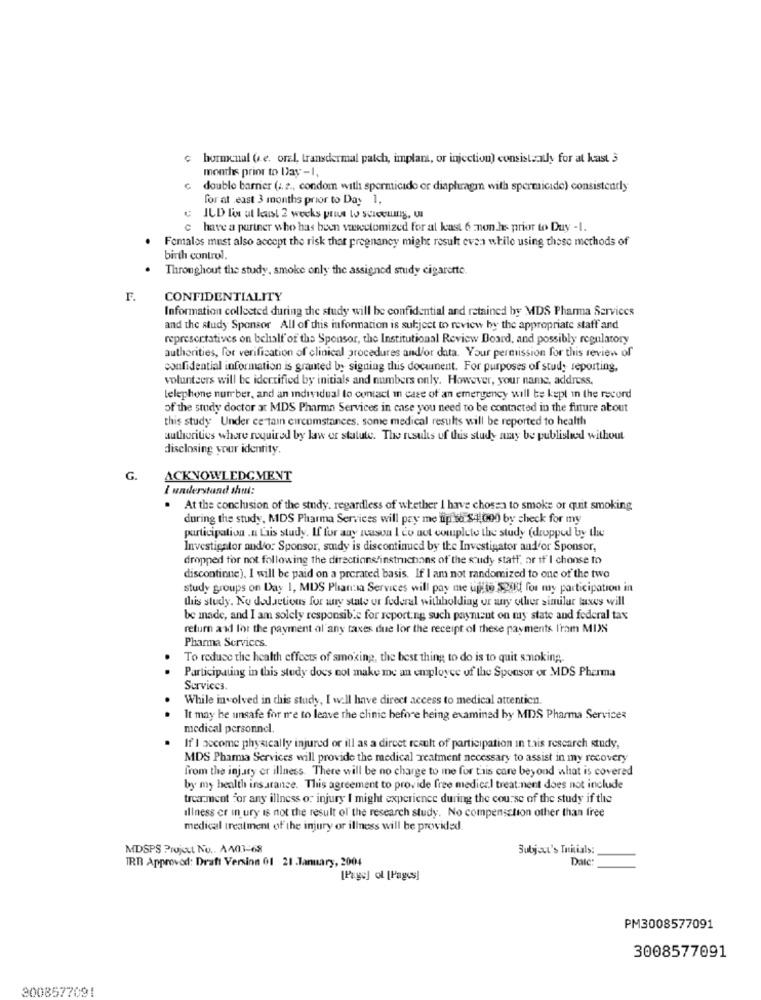
c hormonal (s. e. oral, transdermal patch, implant, or injection) consisteally for at kast 3
months prior to Day-I,
double barnier (i. e ., condom with spermicide or diaphragm with spermicide) consistently
for at east 3 months prior to Day 1,
ILD for at least 2 weeks prius to Screenmg, U
have a partner who has been vayectomized for al kast 6 non.hs prior to Duy -1.
Females must also accept the risk that pregnancy might result evaa while using these methods of
birth control.
Throughout the study, smoke only the assigned study cigarette.
F.
CONFIDENTIALITY
Information collected during the study will be confidential and retained by MDS Pharma Services
and the study Sponsor All of this information is subject to review by the appropriate staff and
representatives on behalf of the Sponsor, the Institutional Review Board, and possibly regulatory
authorities, for verification of clinical procedures and/or data. Your permission for this review of
confidential information is granted by signing this document. For purposes of study reporting,
volunteers will be identified by initials and numbers only. However, your name, address.
telephone number, and an individual to contact in case of an emergency will be kept in the record
of the study doctor at MDS Pharma Services in case you need to be contacted in the future about
this study Under certain circumstances. some medical results will be reported to health
authorities where required by law or statute. The results of this study may be published without
disclosing your identity.
G.
ACKNOWLEDGMENT
I understand shul:
.
At the conclusion of the study. regardless of whether I have chosen to smoke or quit smoking
during the study, MDS Pharma Services will pay me up to $4,000 by check for my
participation .n Lais study. If for any reason I do not complete the study (dropped by the
Investigator audio: Sponsor, sudy is discontinued by the Investigator aud'or Sponsor,
dropped for not following the directions/instruchans of the study statt, or if' I choose to
discontinue), I will be paid on a prerated basis. If I am not randomized to one of the two
study groups on Day 1, MDS Planta Services will pay me ujte spod for my participation in
this study. No deductions for any state of federal withholding or any other similar taxes will
be made, and I am solely responsible for reporting such payment on my state and federal tax
return add for the payment ol'any taxes due for the receipt of these payments l'ram MIS
Pharma Services.
To reduce the health effects of smoking, the best thing to do is to quit smoking.
Participating in this study does not make me an employee of the Sponsor or MDS Pharma
Services.
While involved in this study, I will have direct access to medical attention.
..
It may be unsafe for me to leave the clinic before being examined by MDS Pharma Services
medical personnel.
If'I socome physically injured or ill as a direct result of participation in tais research study,
MDS Pharma Services will provide the medical reatment necessary to assist in my recovery
from the injury er illness. There will be no charge to me for this care beyond what is covered
by my health insurance. This agreement to provide free medical treatment does not include
treatment for any illness or injury I might experience during the course of the study if the
illness er in ury is not the result of the research study. No compensation other than free
medical treatment of the injury or illness will be provided.
MDSPS Projut No .. A401-68
Subject's Initials:
TRT Approved: Draft Version 01 21 .January, 2004
Date
[Page] ol [Pages]
PM3008577091
3008577091
3008577091